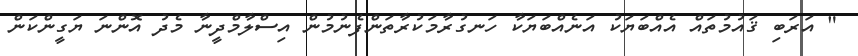
" އަރަބި ޤައުމުތައް އެއްބަޔަކު އަނެއްބަޔަކާ ހަނގުރާމަކުރާތަންފެނުމުން އިސްލާމްދީނާ މެދު އޮންނަ ޔަގީންކަން